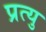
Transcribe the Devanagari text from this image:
प्रत्यु